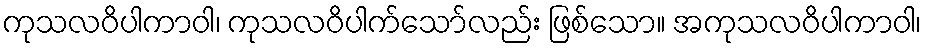
ကုသလဝိပါကာဝါ၊ ကုသလဝိပါက်သော်လည်း ဖြစ်သော။ အကုသလဝိပါကာဝါ၊